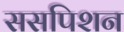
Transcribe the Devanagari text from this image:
ससपिशन